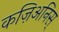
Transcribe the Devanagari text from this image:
कज़िअनिस्